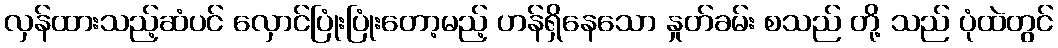
လှန်ထားသည့်ဆံပင် လှောင်ပြုံးပြုံးတော့မည့် ဟန်ရှိနေသော နှုတ်ခမ်း စသည် တို့ သည် ပုံထဲတွင်